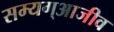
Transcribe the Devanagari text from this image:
सम्यग्आजीव